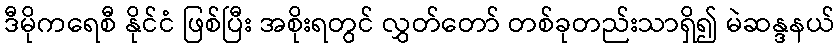
ဒီမိုကရေစီ နိုင်ငံ ဖြစ်ပြီး အစိုးရတွင် လွှတ်တော် တစ်ခုတည်းသာရှိ၍ မဲဆန္ဒနယ်